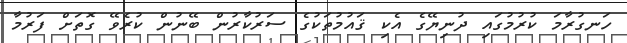
ހަނގުރާމަ ކުރުމުގައި ދުނިޔޭގެ އެކި ޤައުމުތަކުގެ ސަރުކާރުން ބޭނުން ކުރެވޭ ގޮތަށް ފަރުމާ